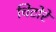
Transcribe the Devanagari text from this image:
चिटोरे